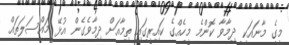
މީގެ މާނައަކީ ދިމާވާ ކޮންމެ މީހެއްގެ ކައިރީގައި ތިމާއަށް ދިމާވެގެން އުޅޭ މައްސަލަތައް